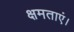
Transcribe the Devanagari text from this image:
क्षमताएं।